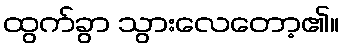
ထွက်ခွာ သွားလေတော့၏။